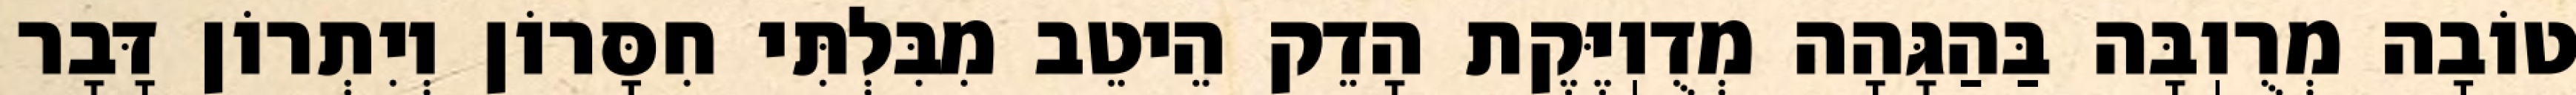
טוֹבָה מְרֻוֽבָּה בַּהַגָּהָה מְדֻוֽיֶּקֶת הָדֵק הֵיטֵב מִבִּלְתִּי חִסָּרוֹן וְיִתְרוֹן דָּבָר